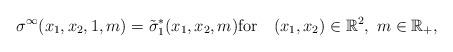
LaTeX: \begin{align*}\sigma^{\infty} (x_1, x_2, 1, m ) = \tilde{\sigma}^*_1 (x_1, x_2, m )\mbox{for} \ \ \ (x_1, x_2) \in\mathbb{R}^2, \ m \in \mathbb{R}_+ ,\end{align*}